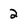
Character: 2